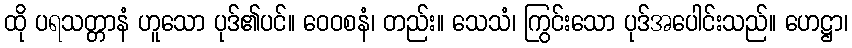
ထို ပရသတ္တာနံ ဟူသော ပုဒ်၏ပင်။ ဝေဝစနံ၊ တည်း။ သေသံ၊ ကြွင်းသော ပုဒ်အပေါင်းသည်။ ဟေဋ္ဌာ၊